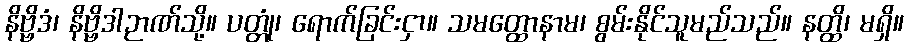
နိဗ္ဗိဒံ၊ နိဗ္ဗိဒါဉာဏ်သို့။ ပတ္တုံ၊ ရောက်ခြင်းငှာ။ သမတ္ထောနာမ၊ စွမ်းနိုင်သူမည်သည်။ နတ္ထိ၊ မရှိ။